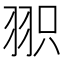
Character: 𦐖